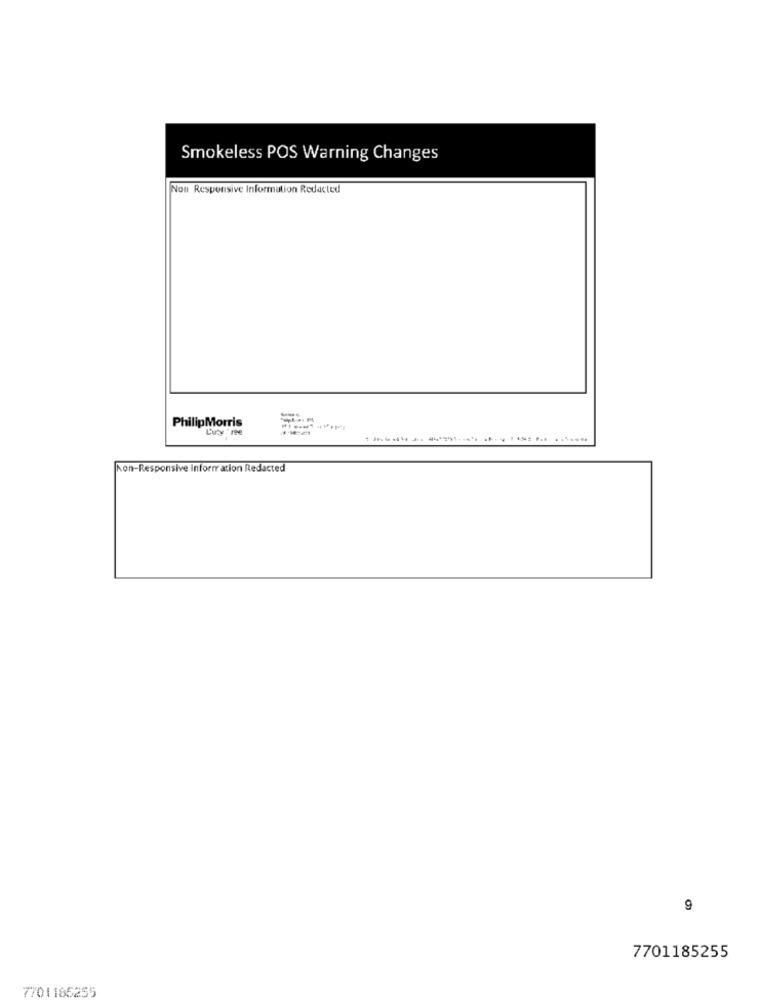
Smokeless POS Warning Changes
Non Responsive Information Redacted
PhilipMorris
Luty'ne
Kon-Responsive Information Redacted
9
7701185255
7701166255